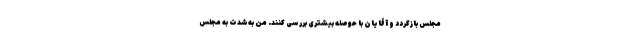
مجلس بازگردد و آقایان با حوصله بیشتری بررسی کنند. من به‌شدت به مجلس